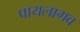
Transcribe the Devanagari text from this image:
पायलागव